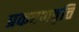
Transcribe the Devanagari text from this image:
प्रकरणवृत्ति